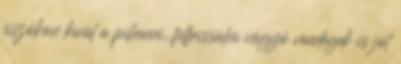
úszókon kívül a pihenni, felfrissülni vágyó vendégek is jól